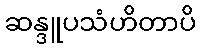
ဆန္ဒူပသံဟိတာပိ